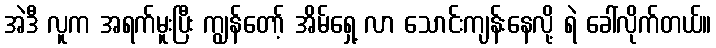
အဲဒီ လူက အရက်မူးပြီး ကျွန်တော့် အိမ်ရှေ့ လာ သောင်းကျန်းနေလို့ ရဲ ခေါ်လိုက်တယ်။